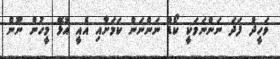
ވަހީދު ފަދަ ނަންނަމަކީ ކޯޑު ނަންނަން ކަމަށާއި އެއީ އުޅޭ މީހުން ނޫން